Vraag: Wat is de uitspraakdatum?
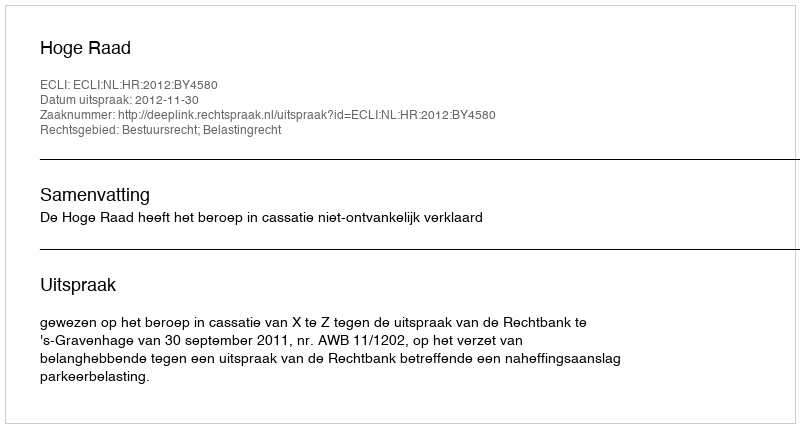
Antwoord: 2012-11-30